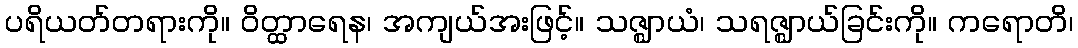
ပရိယတ်တရားကို။ ဝိတ္ထာရေန၊ အကျယ်အးဖြင့်။ သဇ္ဈာယံ၊ သရဇ္ဈာယ်ခြင်းကို။ ကရောတိ၊